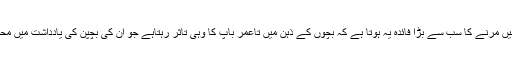
جوانی میں مرنے کا سب سے بڑا فائدہ یہ ہوتا ہے کہ بچوں کے ذہن میں تاعمر باپ کا وہی تاثر رہتاہے جو ان کی بچپن کی یادداشت میں محفوظ تھا۔